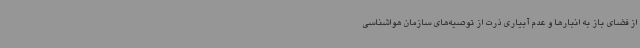
از فضای باز به انبارها و عدم آبیاری ذرت از توصیه‌های سازمان هواشناسی